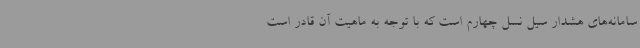
سامانه‌های هشدار سیل نسل چهارم است که با توجه به ماهیت آن قادر است